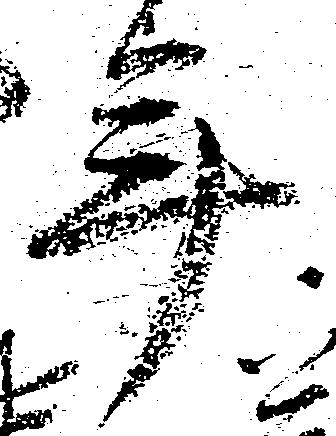
年